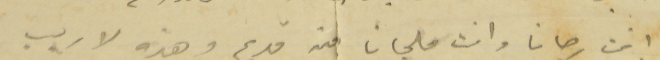
انت رجانا وانت ملجانا من قديم وهذه لا ريب